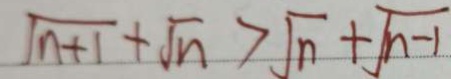
\sqrt { n + 1 } + \sqrt { n } > \sqrt { n } + \sqrt { n - 1 }